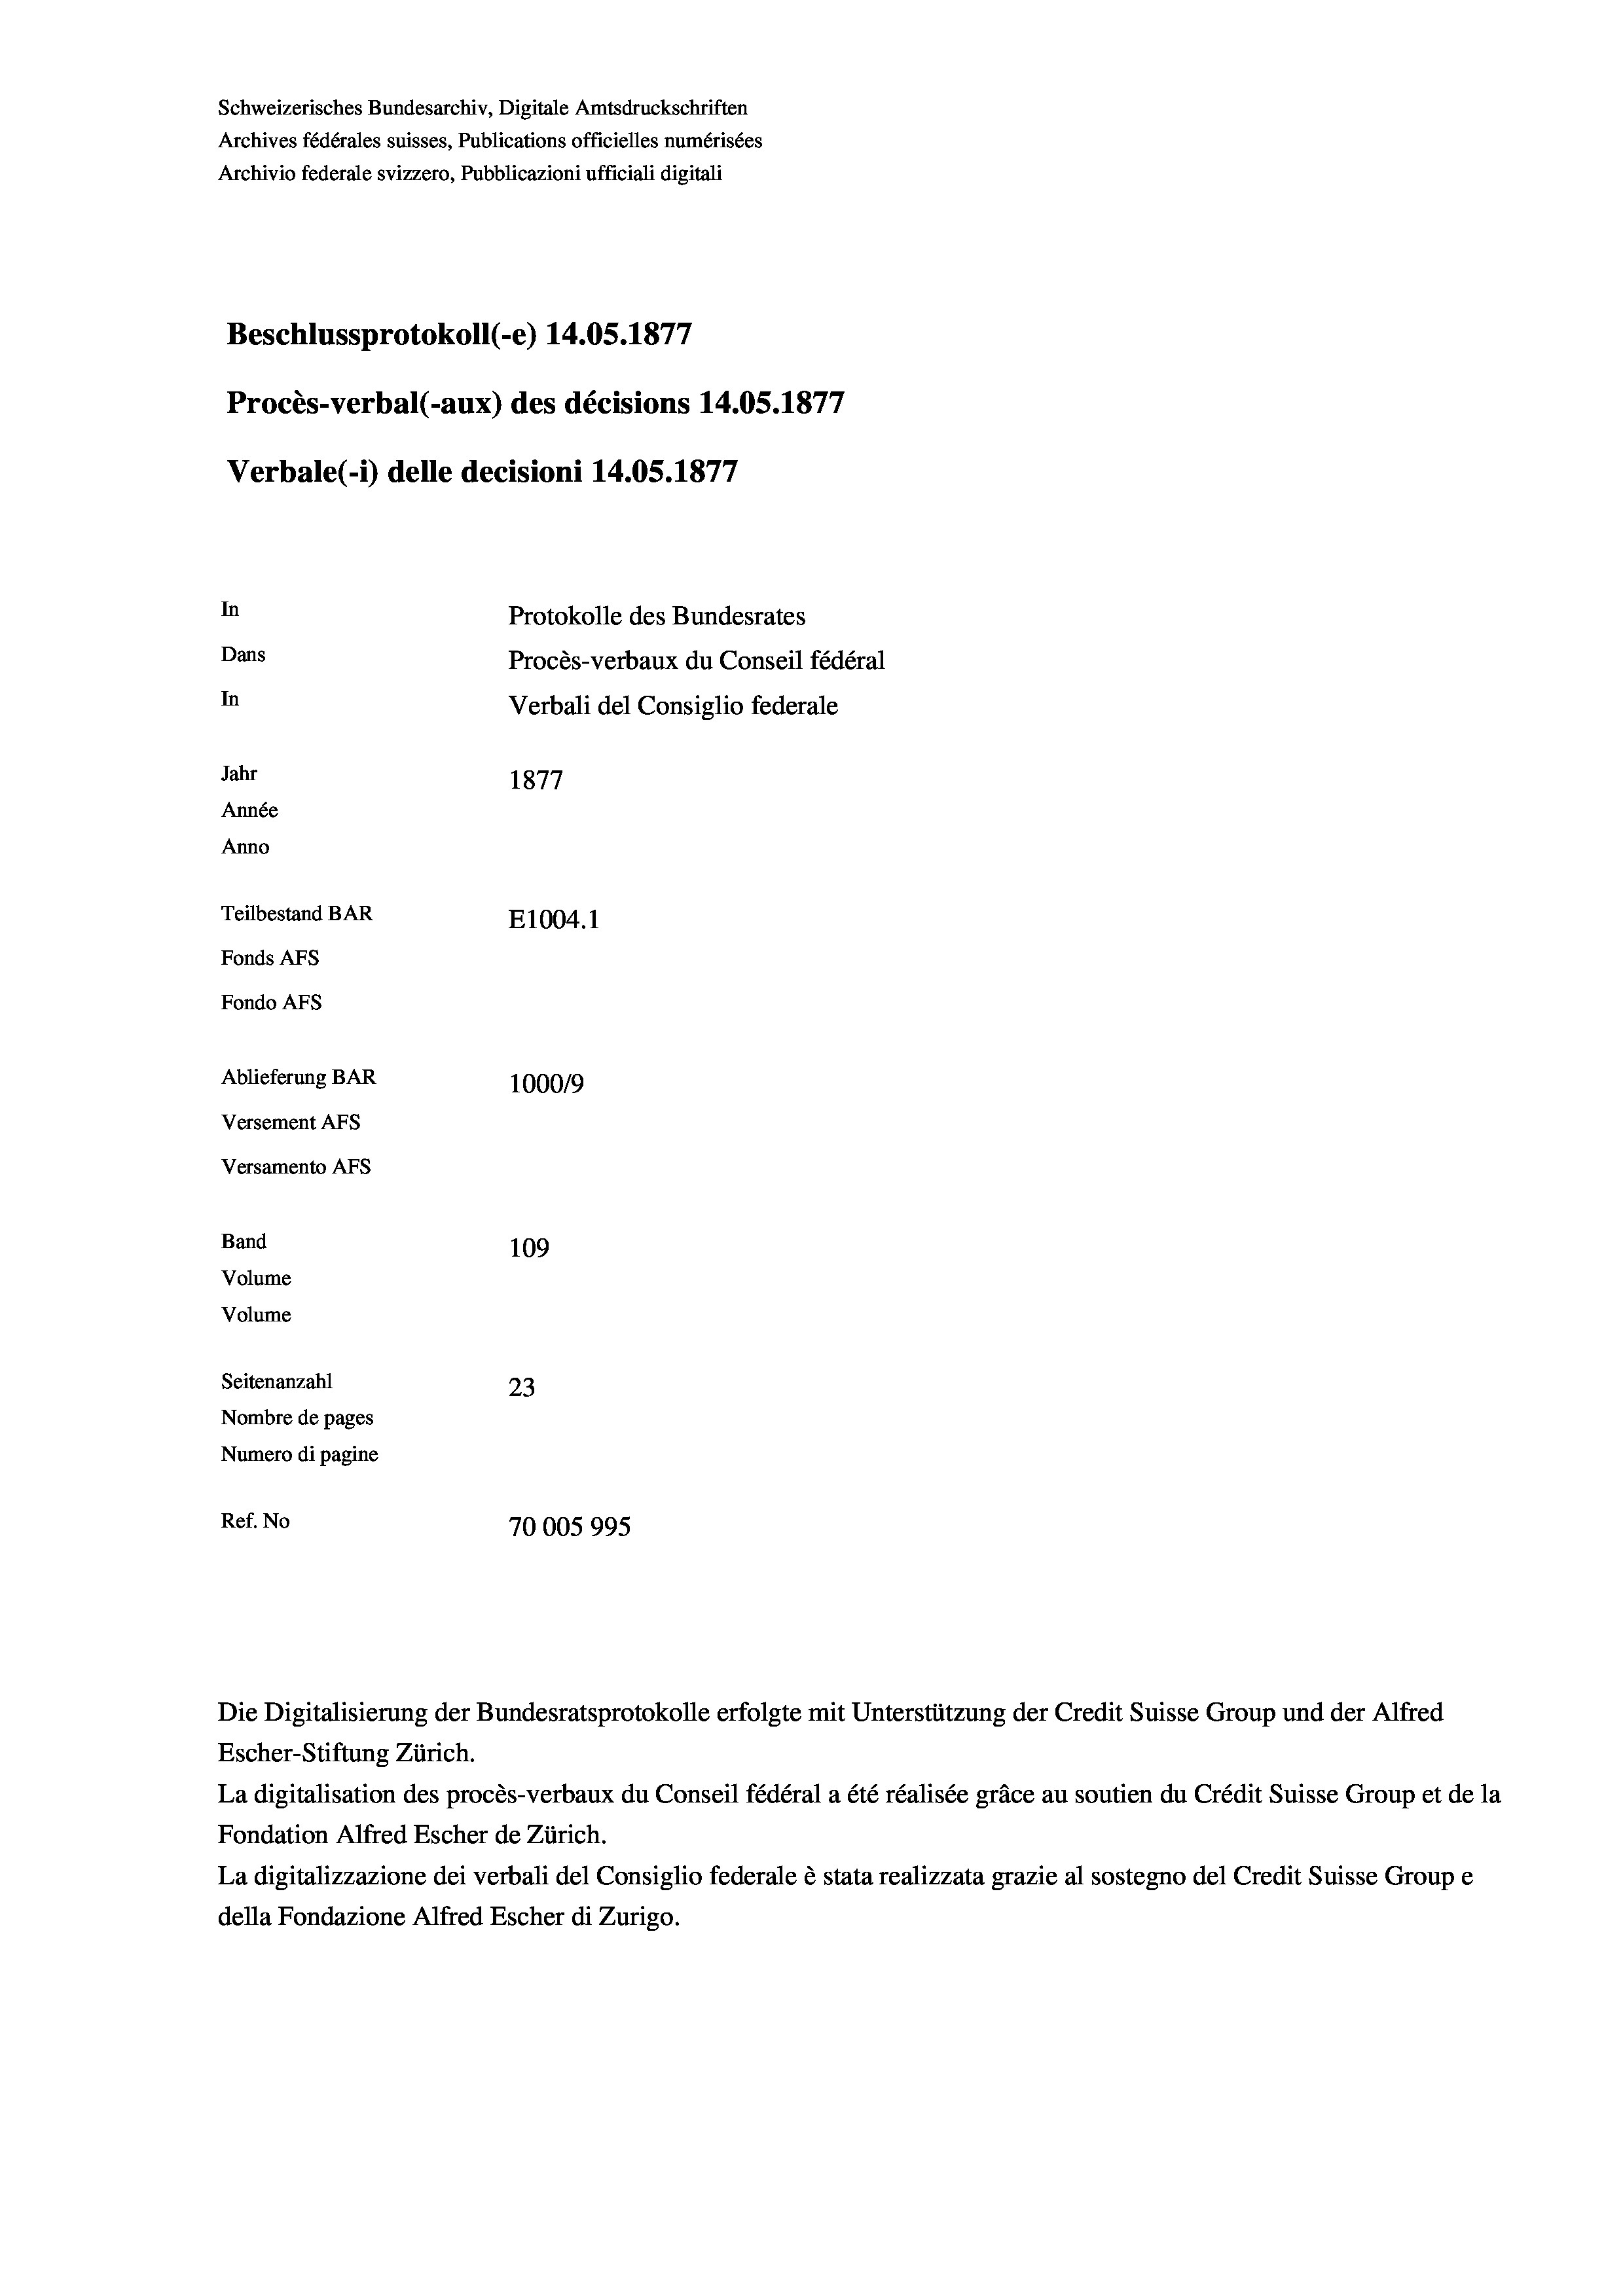
Schweizerisches Bundesarchiv, Digitale Amtsdruckschriften
Archives fédérales suisses, Publications officielles numérisées
Archivio federale svizzero, Pubblicazioni ufficiali digitali
Beschlussprotokoll (-e) 14.05. 1877
Procès-verbal (-aux) des décisions 14.05. 1877
Verbale (1) delle decisioni 14.05. 1877
In
Protokolle des Bundesrates
Dans
Procès-verbaux du Conseil fédéral
In
Verbali del Consiglio federale
Jahr
1877
Année
Anno
Teilbestand BAR
E1004.1
Fonds AFs
Fondo AFs
Ablieferung BAR
1000/9
Versement Abs
Versamento AFs

Band

109
Volume
Volume
Seitenanzahl
23
Nombre de pages
Numero di pagine
Ref. No
70005995

Escher-Stiftung Zürich.
La digitalisation des procès-verbaux du Conseil fédéral a été réalisée gräce au soutien du Crédit Suisse Group et de la
Fondation Alfred Escher de Zürich.
La digitalizzazione dei verbali del Consiglio federale è stata realizzata grazie al sostegno del Credit Suisse Groupe
della Fondazione Alfred Escher di Zurigo.

Die Digitalisierung der Bundesratsprotokolle erfolgte mit Unterstützung der Credit Suisse Group und der Alfred